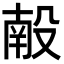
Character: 𬆩